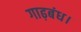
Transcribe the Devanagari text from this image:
गाढ़बंध।